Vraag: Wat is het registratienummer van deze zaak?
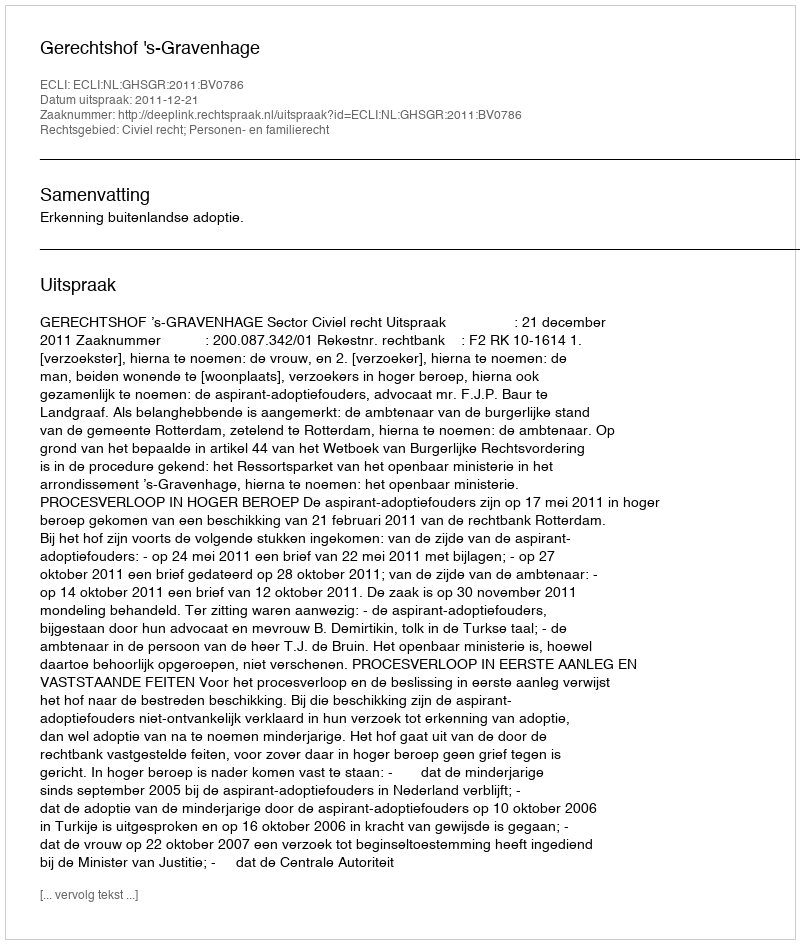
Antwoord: http://deeplink.rechtspraak.nl/uitspraak?id=ECLI:NL:GHSGR:2011:BV0786